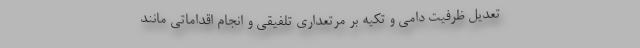
تعدیل ظرفیت دامی و تکیه بر مرتعداری تلفیقی و انجام اقداماتی مانند